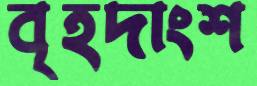
বৃহদাংশ